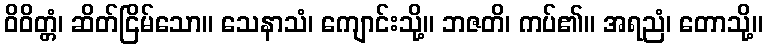
ဝိဝိတ္တံ၊ ဆိတ်ငြိမ်သော။ သေနာသံ၊ ကျောင်းသို့။ ဘဇတိ၊ ကပ်၏။ အရညံ၊ တောသို့။